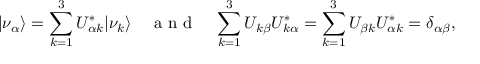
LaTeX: | \nu _ { \alpha } \rangle = \sum _ { k = 1 } ^ { 3 } U _ { \alpha k } ^ { \ast } | \nu _ { k } \rangle \quad \textrm { a n d } \quad \sum _ { k = 1 } ^ { 3 } U _ { k \beta } U _ { k \alpha } ^ { \ast } = \sum _ { k = 1 } ^ { 3 } U _ { \beta k } U _ { \alpha k } ^ { \ast } = \delta _ { \alpha \beta } ,